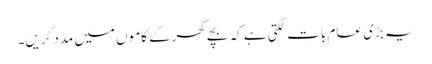
یہ بڑی عام بات لگتی ہے کہ بچے گھرکے کاموں میں مدد کریں۔